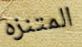
المتنزه